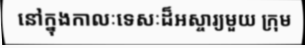
នៅក្នុងកាលៈទេសៈដ៏អស្ចារ្យមួយ ក្រុម